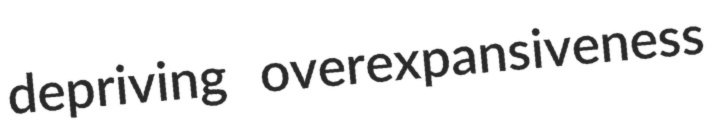
depriving overexpansiveness